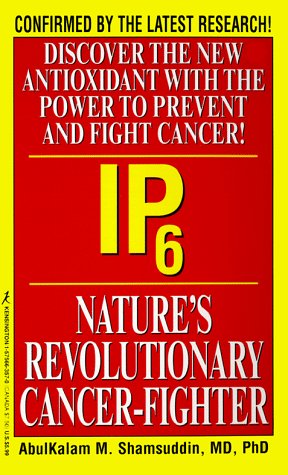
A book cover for IP6: Nature's Revolutionary Cancer Fighter: Nature's Revolutionary Cancer-Fighter; Abulkalam M. Shamsuddin; Health, Fitness & Dieting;